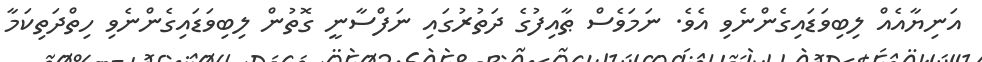
އަނިޔާއެއް ލިބިވަޑައިގެންނެވި އެވެ. ނަމަވެސް ޠާއިފުގެ ދަތުރުގައި ނަފްސާނީ ގޮތުން ލިބިވަޑައިގެންނެވި ހިތްދަތިކަމާ